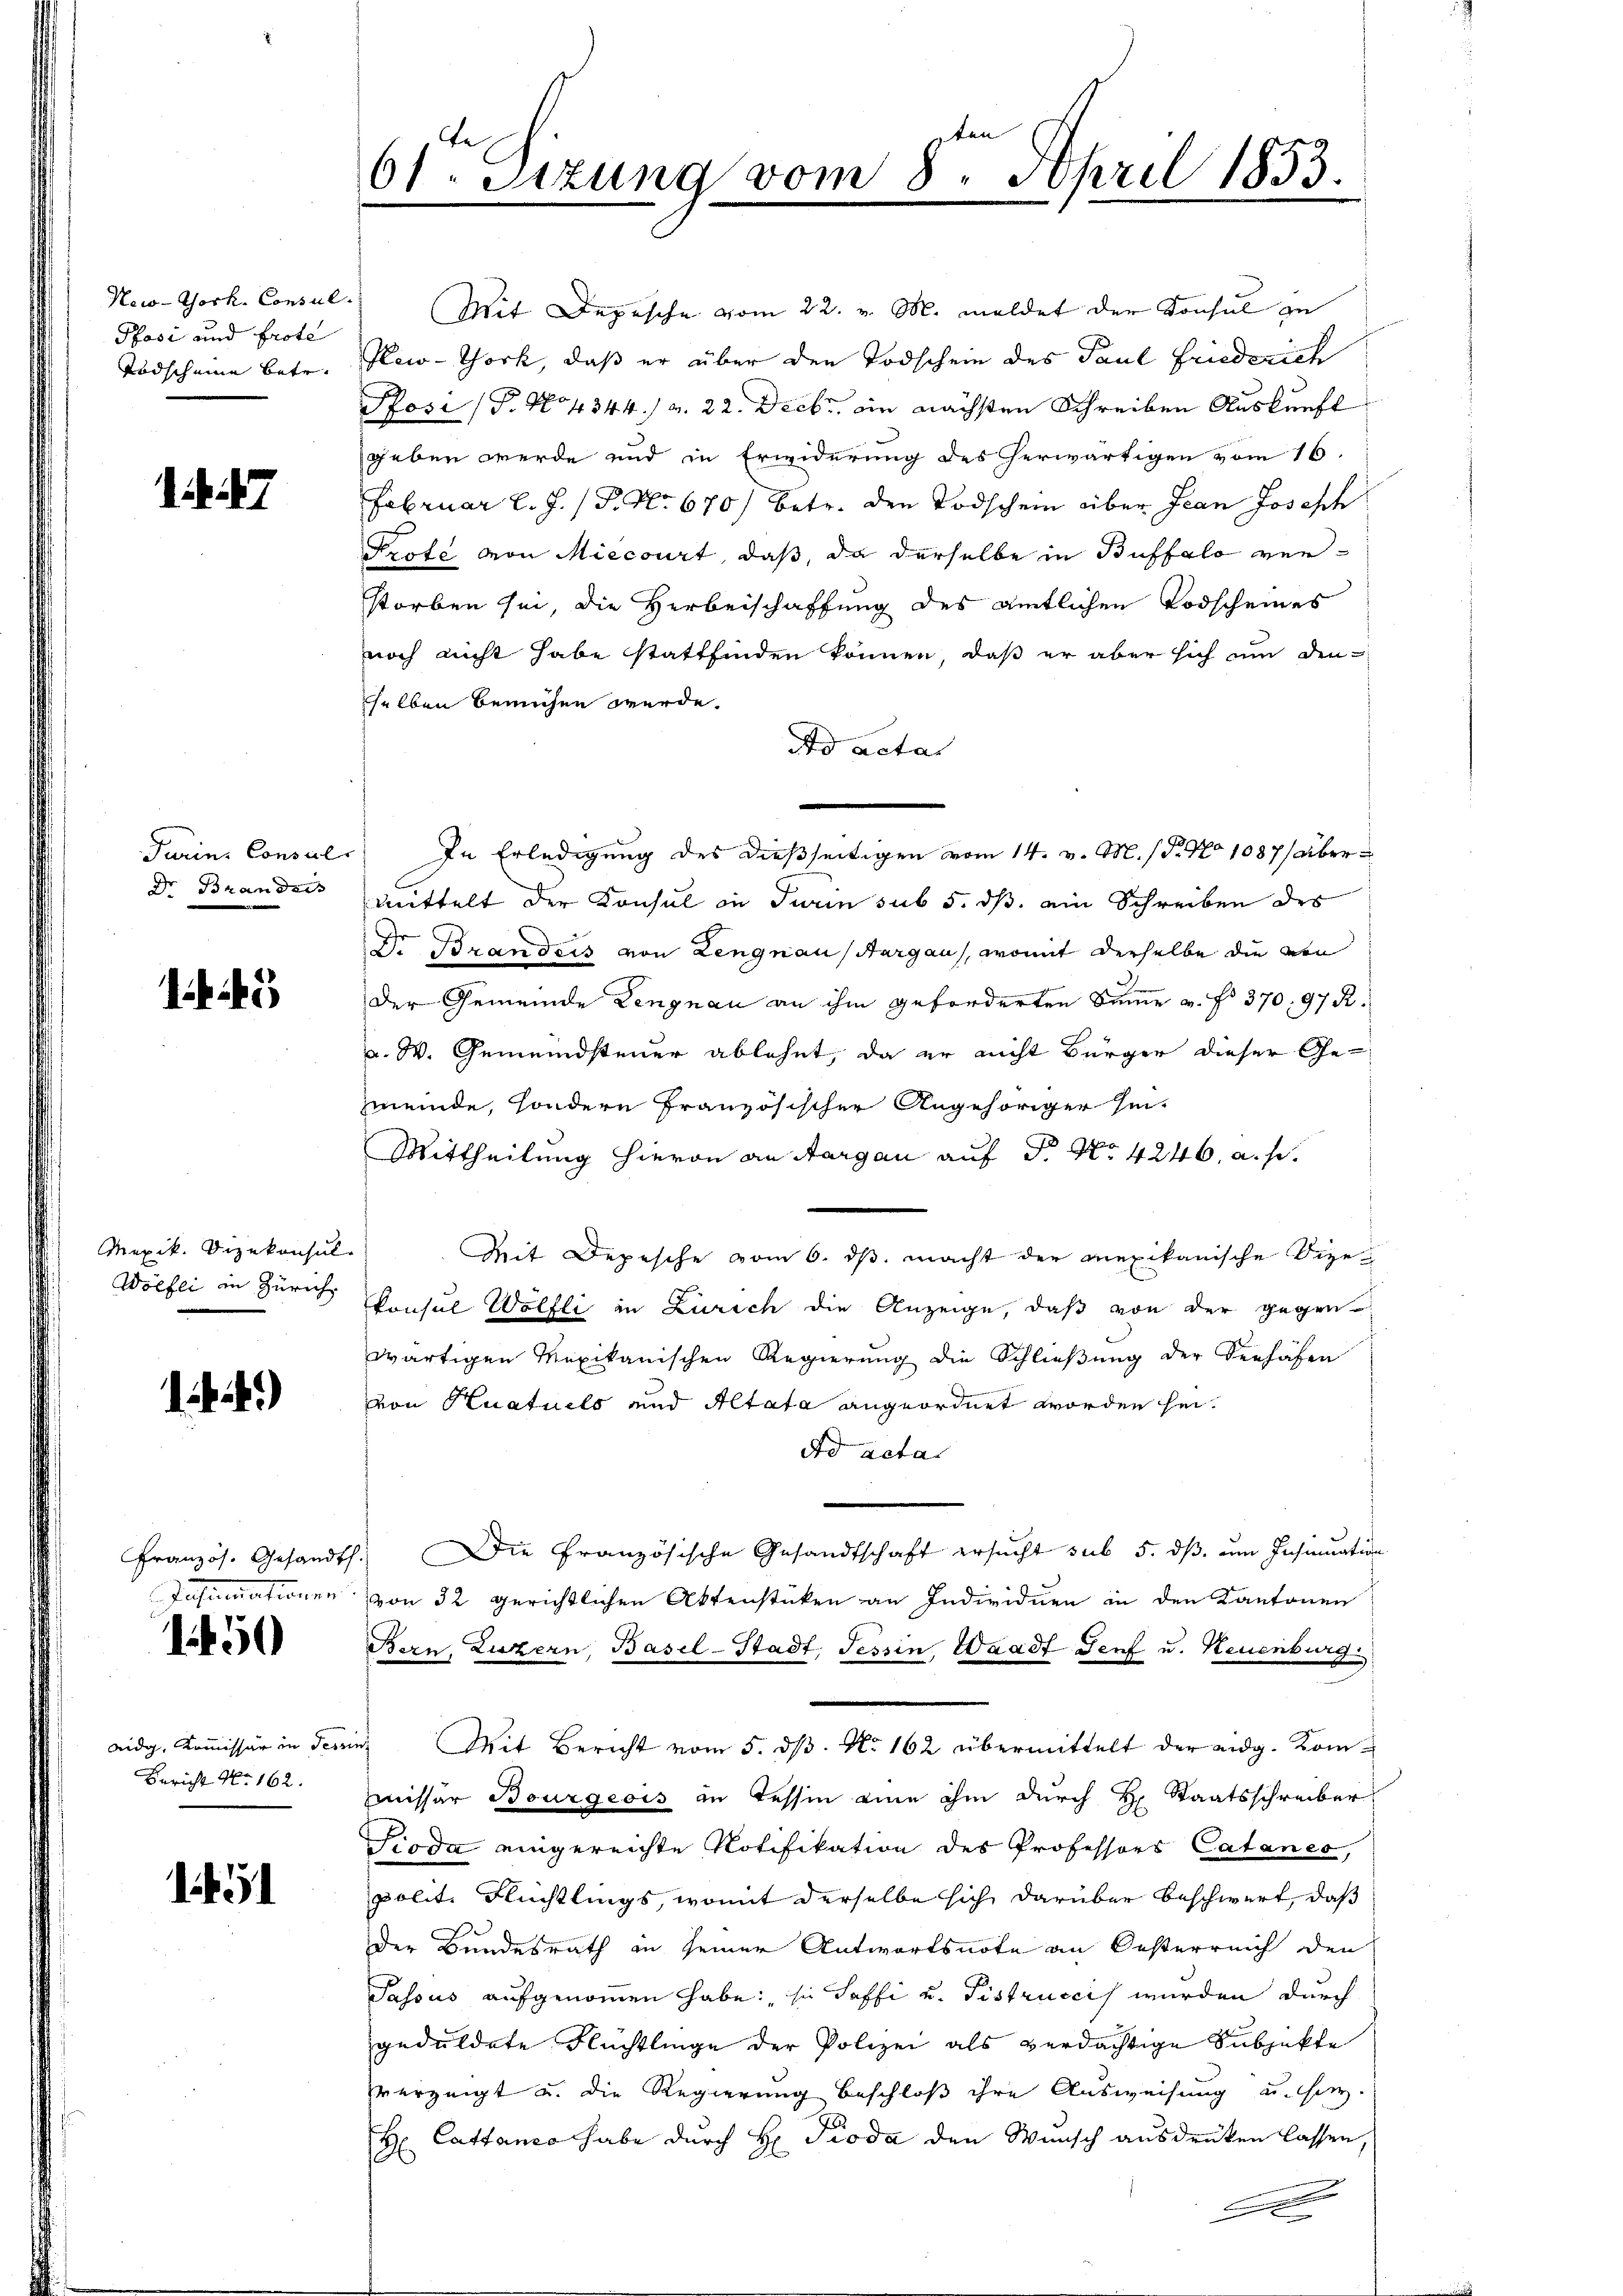
New-York, Consul
Pfasi und Prote
Todscheine betr.

Turin, Consul
Dr. Branders

i

Mexik. Dizekonsul
Wölfli in Zürich

)

Insinuationen

1450

aidg, Kommissär in des
Bericht No. 162.

5

dan
61. Sitzung vom 8. April 1853.

Mit Depesche vom 22. v. M. meldet der Konsul zu
Placo-Thork, daß er über den Todschein des Paul Friederich
Posi (T. No 4344. v. 22. Decbr. die nächsten Schreiben Auskunft
sgeben werde und in Erwiderung des herwärtigen vom 16.
Februar l. J. P. Nr. 670) betr. den Todschein über Jean Joseph
Prote von Miecourt, daß, da derselbe in Buffalo verstorben sei, die Herbeischaffung des amtlichen Todscheines
noch nicht habe stattfinden können, daß er aber sich um den
selben bemühen werde.
Ad acta
In Erledigung des dießseitigen vom 14. v. M. (T. No 1087/ aber
mittelt der Konsul in Turin sub 5. dß ein Schreiben des
Dr. Brandeis von Lengnau (Aargau, womit derselbe die von
Der Gemeinde Lengnau an ihm geforderten Summe a. f. 370. 97 R.
a. W. Gemeindsteuer ablehnt, da er nicht Bürger dieser Gemeinde, sondern französischer Angehöriger hin¬
Mittheilung hievon an Aargau auf Fr. No 4246, a. p.
Mit Depesche vom 6. ds. macht der mexikanische Dizekonsul Wölfli in Zürich die Anzeige, daß von der gegen
wärtigen Mexikanischen Regierung die Schließung der Verhäfen
von Kuatuels und Altata angeordnet worden sei.
dd acta
Französ. Gesandt. Die Französische Gesandtschaft ersucht sub 5. ds. um Insinuation
von 32 gerichtlichen Aktenstücken an Individuen in den Kantonen
Bern, Luzern, Basel-Stadt, Tessin, Waadt Genf u. Neuenburg
u. Mit Bericht vom 5. dβ. No. 162 übermittelt der eidg. Kom-
missar Bourgeois in Tessin eine ihm durch H. Staatsschreiber
Sioda eingereichte Notifikation des Professors Catanes,
polit. Flüchtlings, womit derselbe sich darüber beschwert, daß
Der Bundesrath in seiner Antwortsnote an Oesterreich den
Passus aufgenommen habe: sie Soffi u. Fistruccis wurden durch
geduldete Flüchtlinge der Polizei als verdächtige Subjekte
verzeigt u. die Regierung beschloß ihre Ausweisung u. sey.
Cattanco habe durch H: Pioda den Wunsch ausdrüken lassen,
A